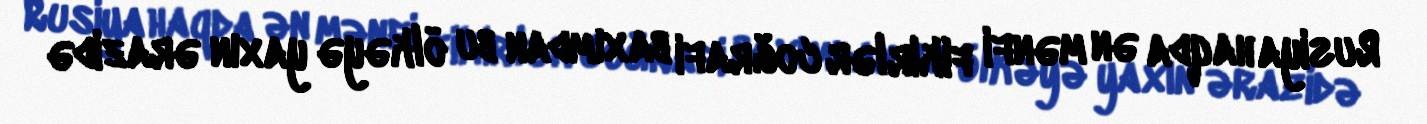
Rusiya haqda ən mənfi fikirlər coğrafi baxımdan bu ölkəyə yaxın ərazidə